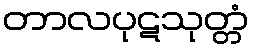
တာလပုဋသုတ္တံ